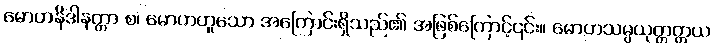
မောဟနိဒါနတ္တာ စ၊ မောဟဟူသော အကြောင်းရှိသည်၏ အဖြစ်ကြောင့်၎င်း။ မောဟသမ္ပယုတ္တတ္တယ